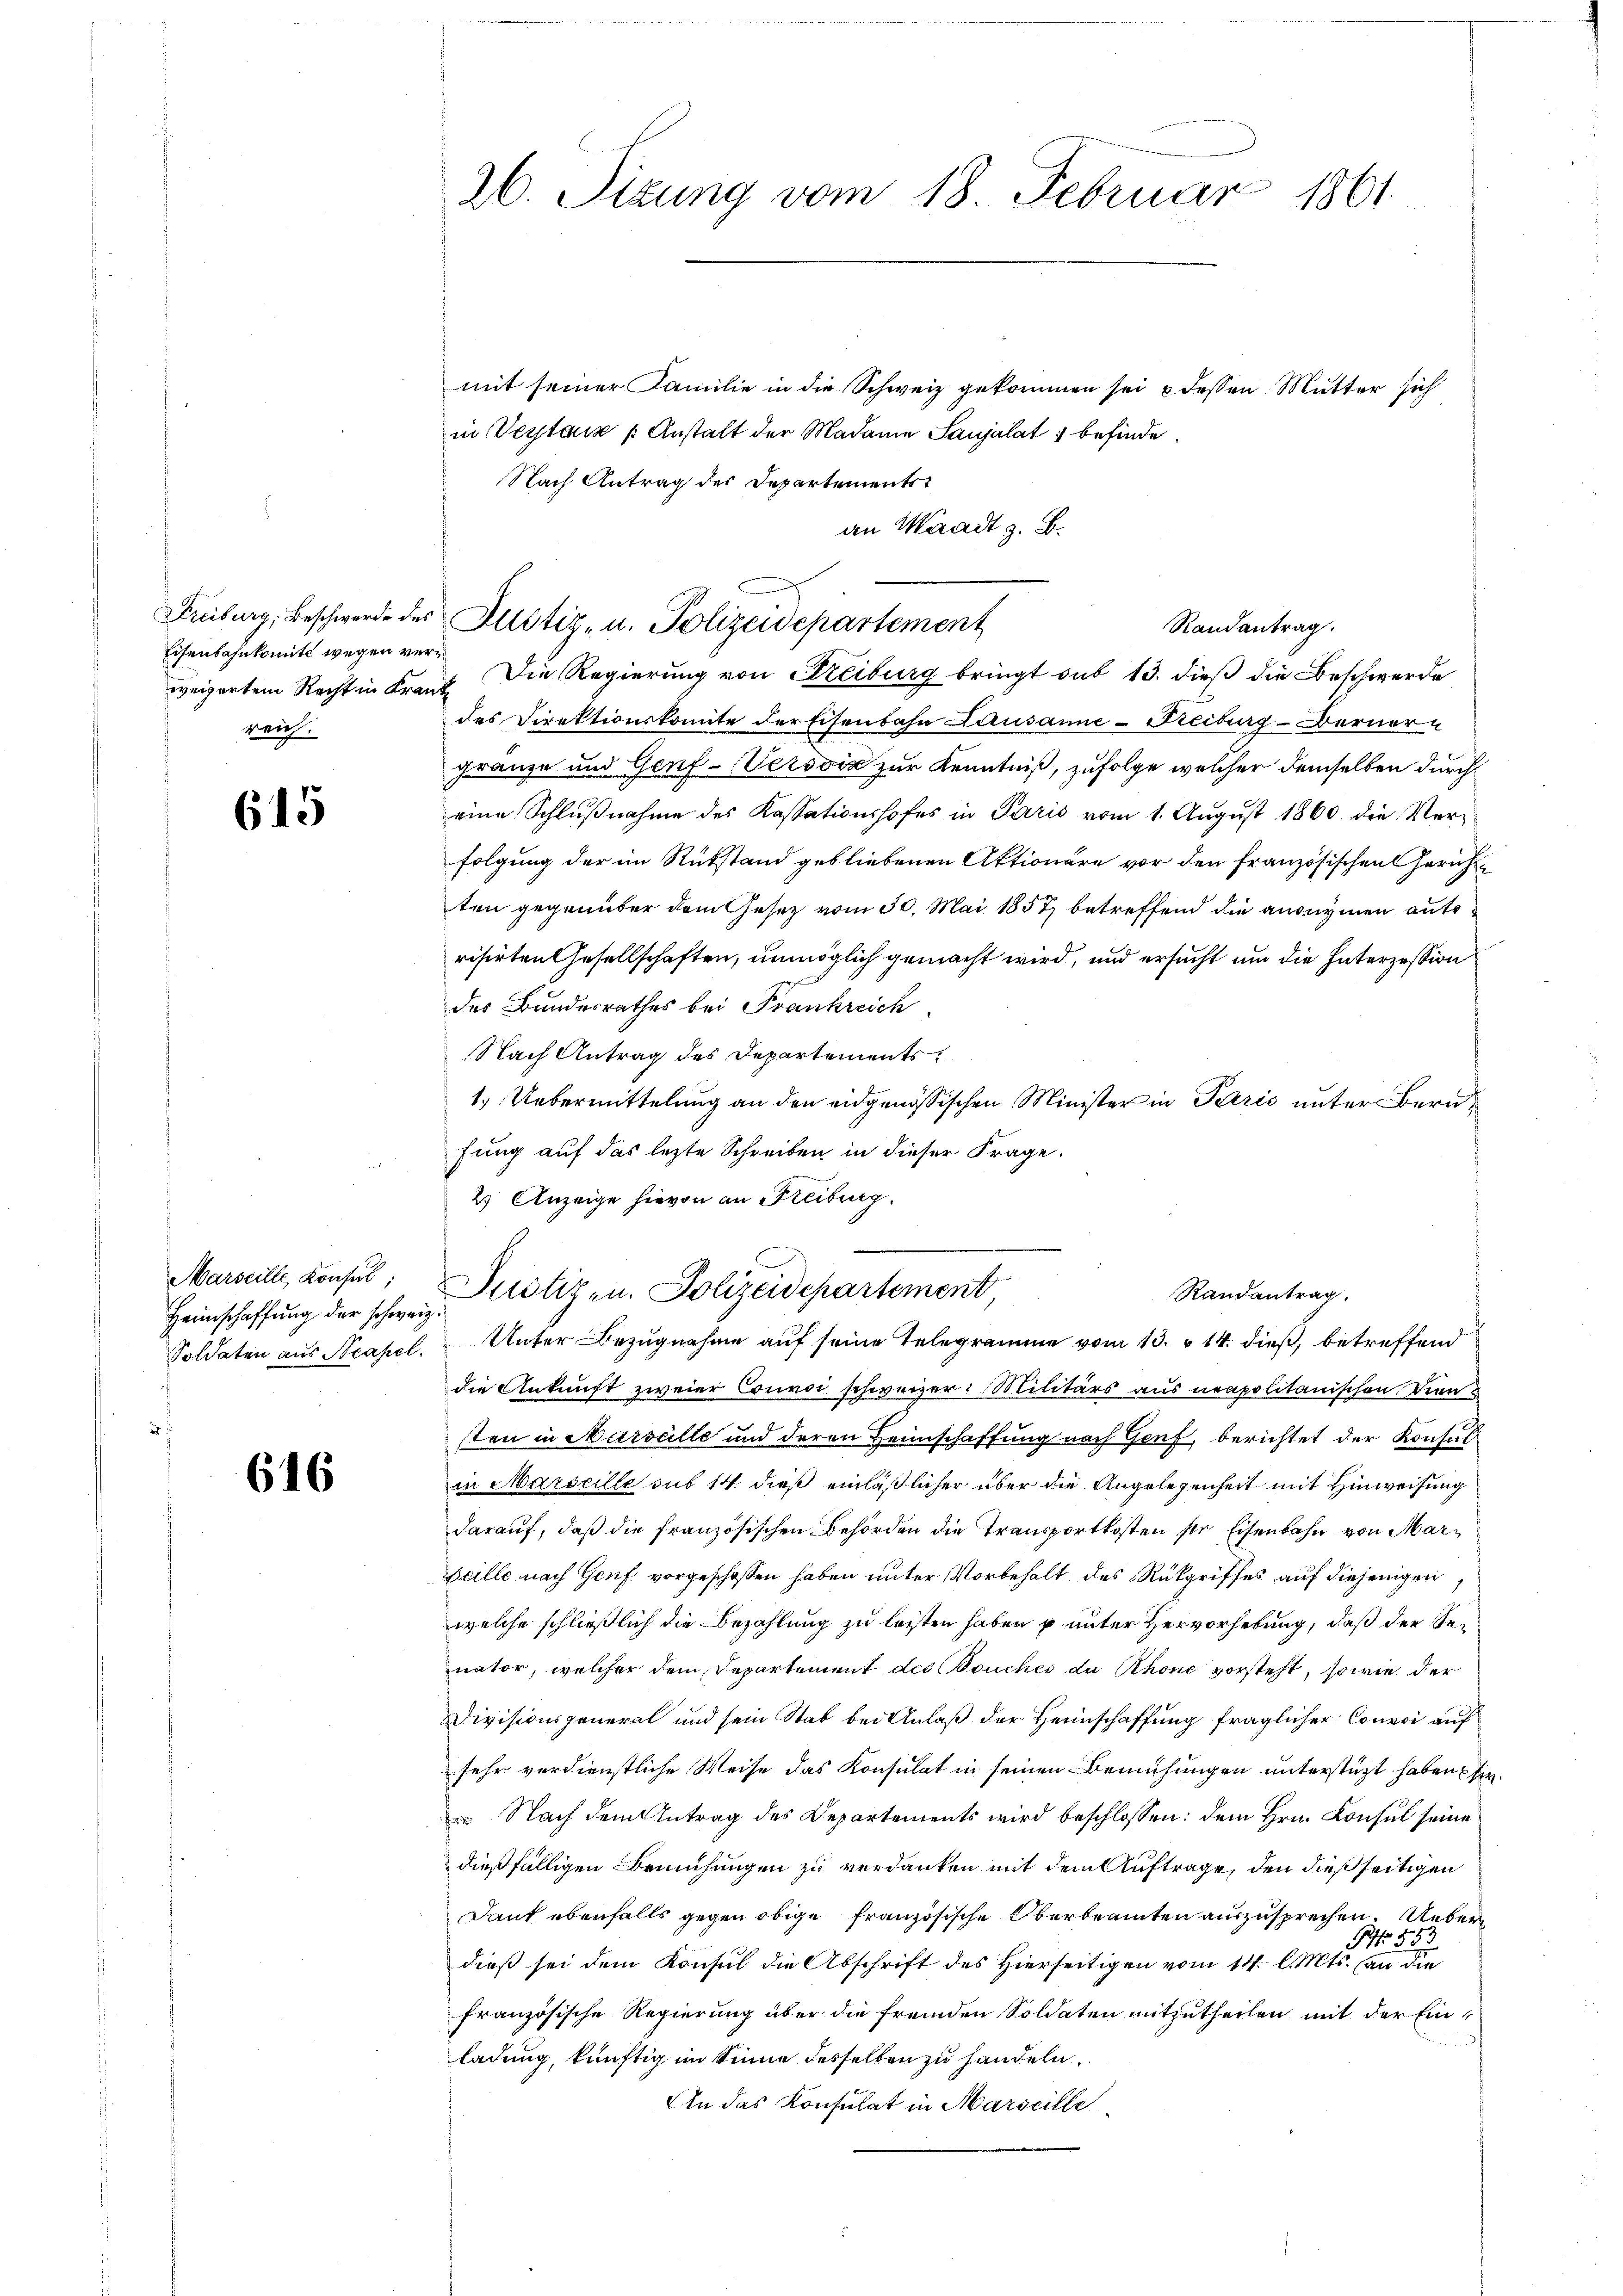
Freiburg, Beschwerde des
Eisenbahnkomite wegen verweigertem Recht in Fran
reich.

615

Marseille, Konsul,
Heimschaffung der schweiz
Soldaten aus Steapel.

646

26. Sizung vom 18. Februar 1861.

mit seiner Familie in die Schweiz gekommen sei & dessen Mutter sich
in Verstanz Anstalt der Madame Saujalat befinde.
Nach Antrag der Departementsan Waadt z. B.

1. Die Regierung von Freiburg bringt sub 13. dieß die Beschwerde
des Direktionskomite der Eisenbahn Lausanne-Freiburg-Berner-
Franze und Genf -Verson zur Kenntniß, zufolge welcher demselben durcheine Schlŭβnahme des Kassationshofes in Paris vom 1. Aŭgŭst 1860. die Verfolgung der im Rükstand gebliebenen Aktionäre vor den französischen Gerichtten gegenüber dem Gesetz vom 30. Mai 1857 betreffend die ausnymen aufrisirten Gesellschaften, unmöglich gemacht wird, und ersucht um die Interzession
des Bundesrathes bei Frankreich
Nach Antrag des Departements
1.) Uebermittelung an den eidgenössischen Minister in Paris unter Berufung auf das lezte Schreiben in dieser Frage.
2.) Anzeige hievon an Freiburg.
Unter Bezugnahme auf seine Telegramme vom 13. 14. dieß, betreffend
die Ankunft zweier Convoi schweizer: Militärs aus neapolitanischen Dien
sten in Marseille und deren Heimschaffung nach Genf, berichtet der Konsult
in Marseille sub 14. dieß einläßlicher über die Angelegenheit mit Hinweisung
darauf, daß die französischen Behörden die Transportkosten sie Eisenbahn von Mar¬
Heille nach Genf vorgeschossen haben unter Vorbehalt des Rückgriffes auf diejenigen
welche schließlich die Bezahlung zu leisten haben p unter Hervorhebung, daß der Senator, welcher dem Departement des Bouches de Rhone vorsteht, so wie der
Divisionsgeneral und sein Stab bei Anlaß der Heimschaffung fraglicher Convoi auf
sehr verdienstliche Weise das Konsulat in seinen Bemühungen unterstüzt haben fir¬
 Nach dem Antrag des Departements wird beschlossen: dem Hrn. Konsul seine
dießfälligen Bemühungen zu verdanken mit dem Auftrage, den dießseitigen
Dank ebenfalls gegen obige französische Oberbeamten auszusprechen. Ueber¬
NNo. 553
dieß sei dem Konsul die Abschrift des Hierseitigen vom 14. l. Mts. an die
französische Regierung über die fremden Soldaten mitzutheilen mit der Einn
ladung, künftig im Sinne desselben zu handeln.
An das Konsulat in Marseille

Justiz- u. Polizeidepartement
Randantrag.

Justiz- u. Polizeidepartement
Randantrag.